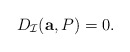
\begin{align*}D_{\mathcal{I}}({\bf a},P)= 0.\end{align*}